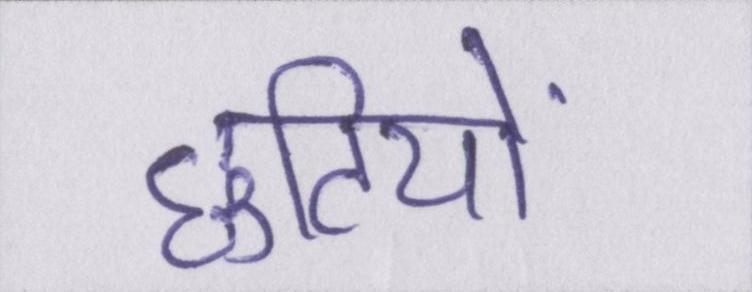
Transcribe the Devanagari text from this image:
छुटियों